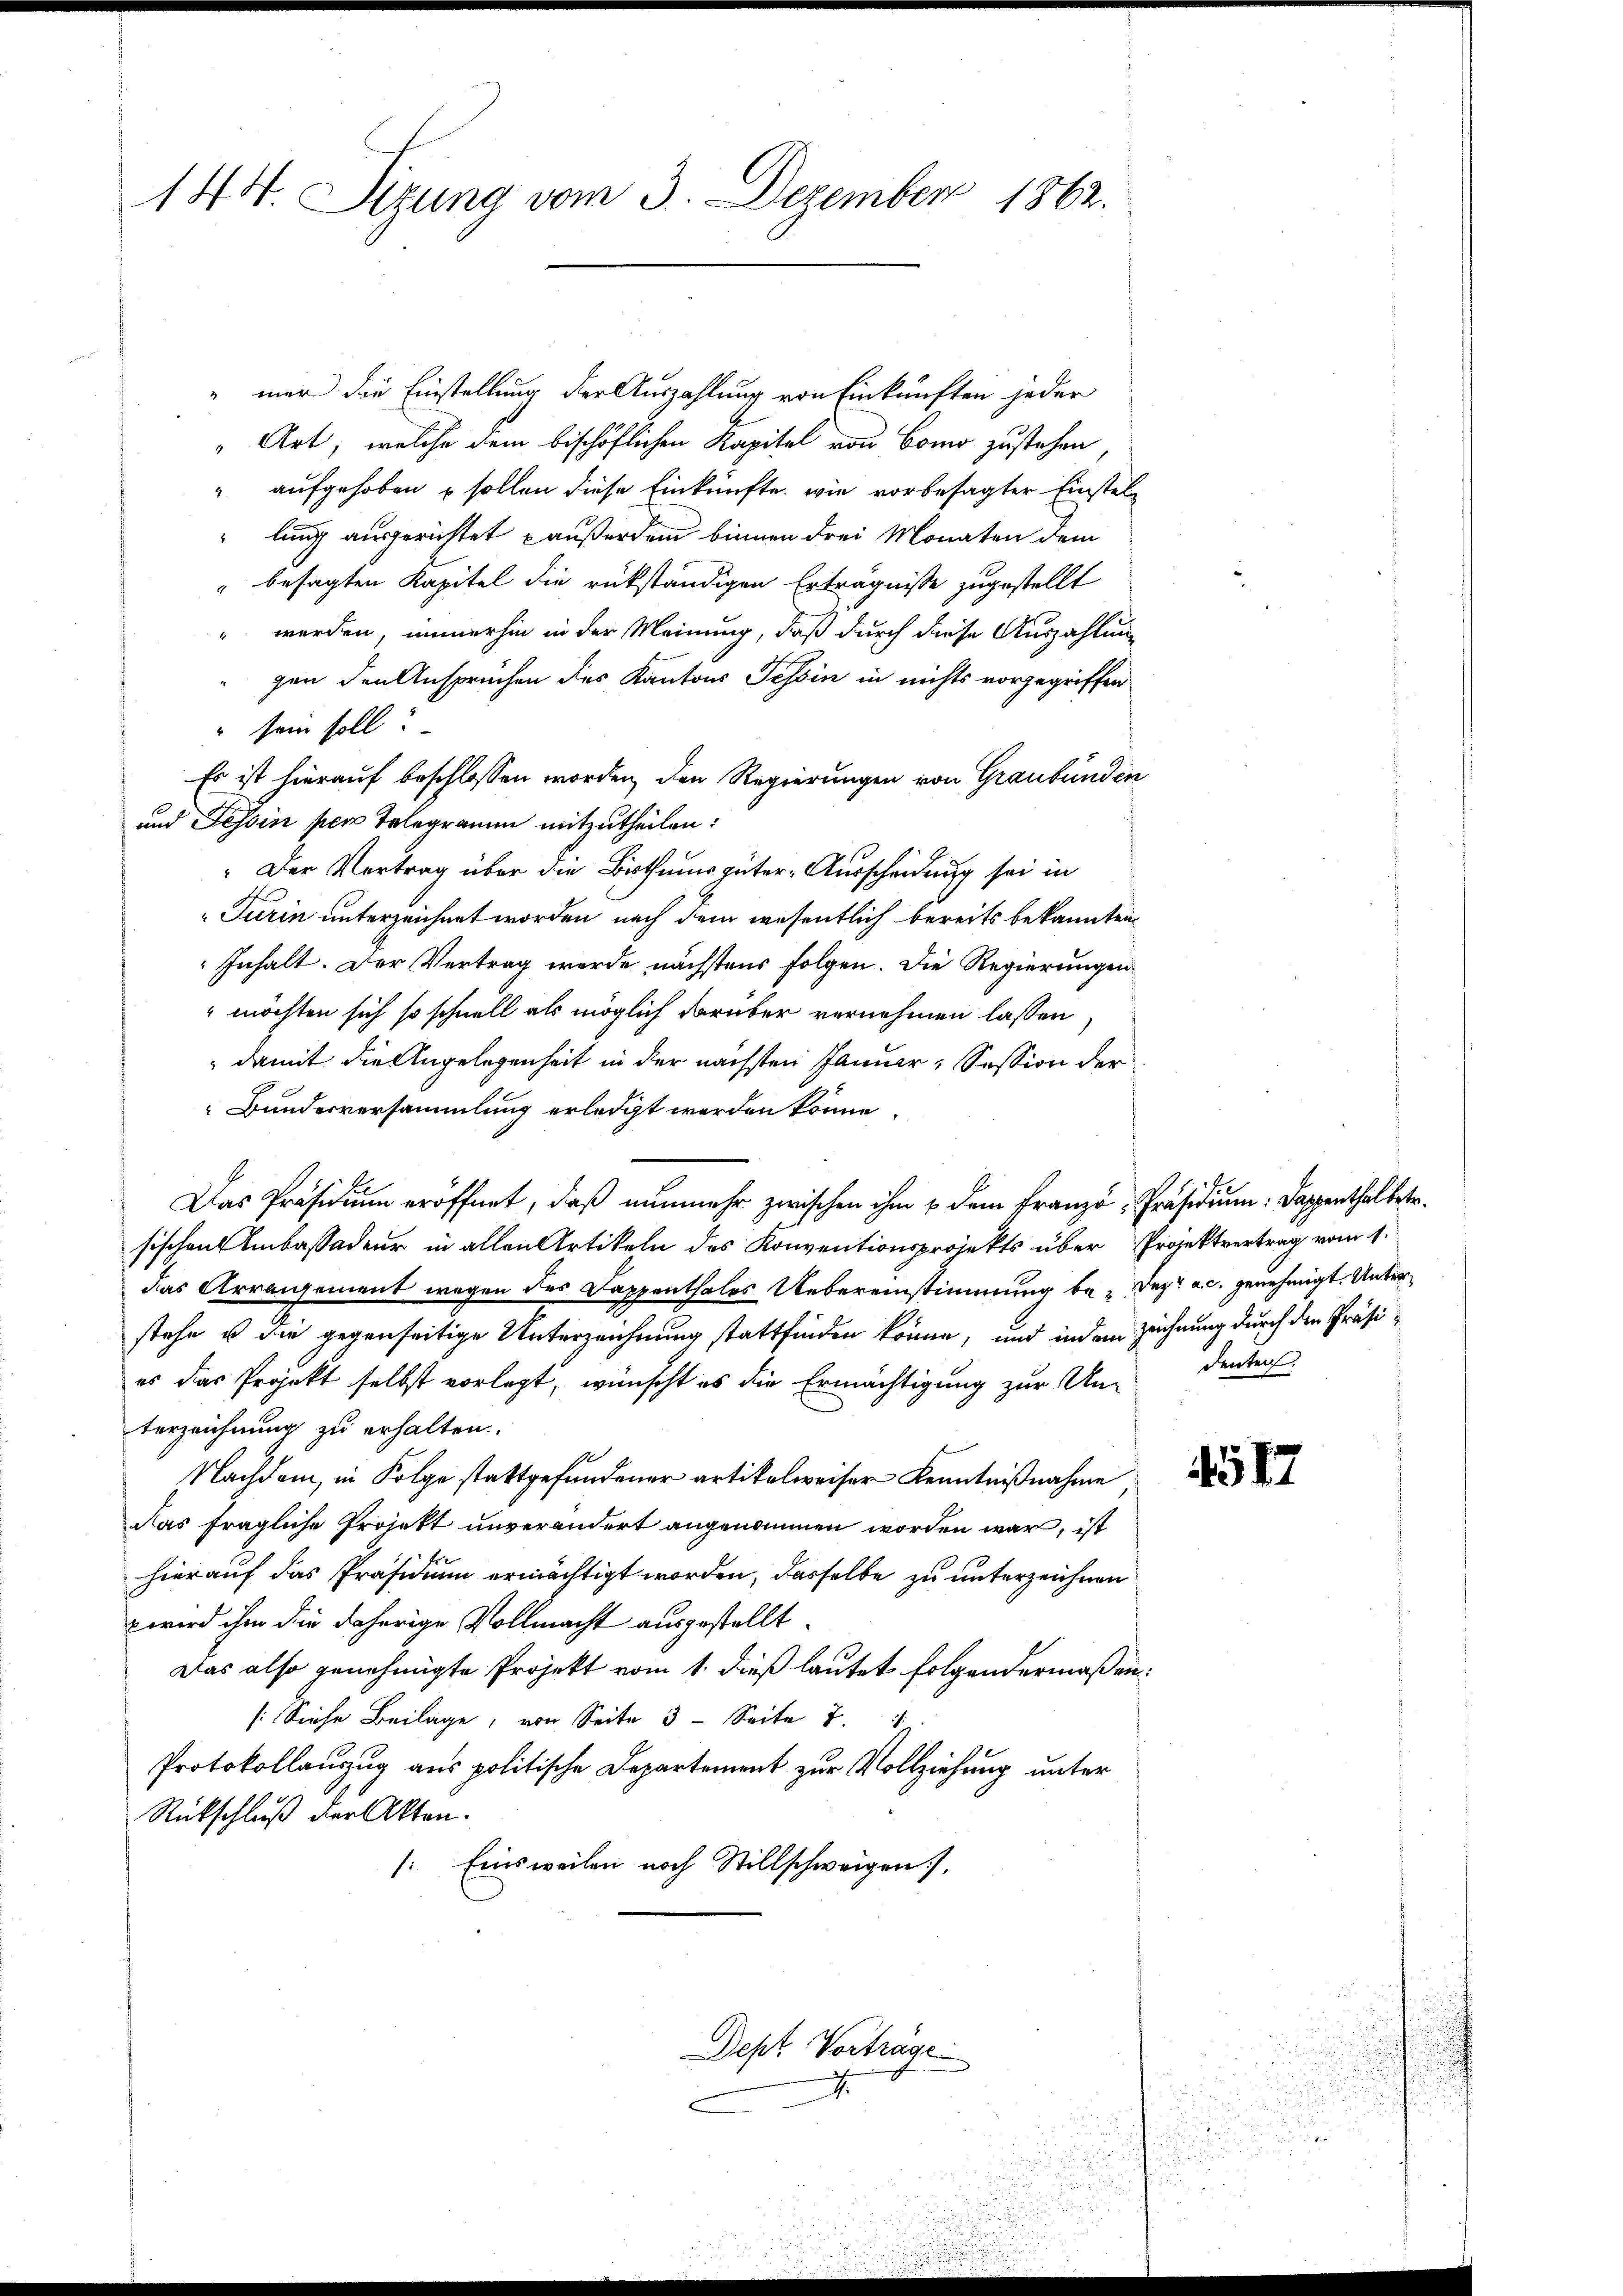
144. Sizung vom 3. Dezember 1862.

" mer die Einstellung der Auszahlung von Einkünften jeder
Art; welche dem bischöflichen Kapital von Como zustehen
" aufgehoben sollen diese Einkünfte, wie vorbesagter Einstellung ausgerichtet außerdem binnen drei Monaten dem
" besagten Kapitel die rükständigen Erträgnisse zugestellt
" werden, immerhin in der Meinung, daß durch diese Auszahlung
gen den Ansprechen des Kantons Tessin in nichts vorgegriffen
 sein soll.
Es ist hierauf beschlossen worden, den Regierungen von Graubünden
und Tessin per Telegramm mitzutheilen:
" Der Vertrag über die Bisthums güter-Ausscheidung sei in
Turin unterzeichnet worden nach dem wesentlich bereits bekannten
Inhalt. Der Vertrag werde nächstens folgen. Die Regierungen
möchten sich so schnell als möglich darüber vernehmen lassen
 damit die Angelegenheit in der nächsten Januar, Session der
Bunderversammlung erledigt werden könne.
Das Präsidium eröffnet, daß nunmehr zwischen ihm & dem Franzö-Präsidium. Dappenthal betr.
sischen Unkassadeur in allen Artikeln des Konventionsprojekts über Projektvertrag vom 1.
das Arrangement wegen des Dappenthales Uebereinstimmung be- Dez. ac. genehmigt. Unter
stehe u die gegenseitige Unterzeichnung stattfinden könne, und indem Zeichnung durch den Präsies das Projekt selbst vorlegt, wünscht es die Ermächtigung zur Un- denkten
terzeichnung zu erhalten.
Nachdem, in Folge stattgefundener artikelweiser Kenntnißnahme
das fragliche Projekt unverändert angenommen worden war, ist
hierauf das Präsidium ermächtigt worden, dasselbe zu unterzeichnen
 wird ihm die daherige Vollmacht ausgestellt.
Das also genehmigte Projekt vom 1. dieß lautet folgendermaßen¬
[Siehe Beilage, von Seite 3. Seite T
Protokollanzug aus politische Departement zur Vollziehung unter
Rückschluß der Akten.
: Einsweilen noch Stillschweigen.
Dept Vorträge
.

4517